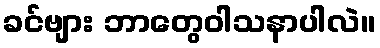
ခင်ဗျား ဘာတွေဝါသနာပါလဲ။